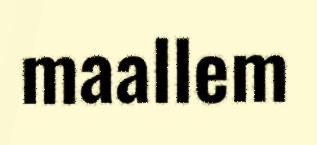
maallem